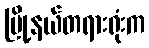
မြို့နယ်တရားရုံးက